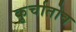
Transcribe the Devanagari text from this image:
कुर्चातोव